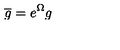
\overline { { g } } = e ^ { \Omega } g